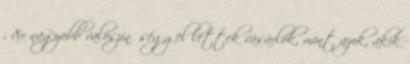
, 8x nagyobb valószínűséggel lettek vásárlók, mint azok, akik